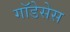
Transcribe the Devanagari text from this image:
गॉडेसेस